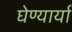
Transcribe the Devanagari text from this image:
घेण्यार्या